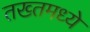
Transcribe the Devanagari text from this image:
तख्तमध्ये